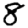
Digit: 8